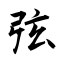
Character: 弦